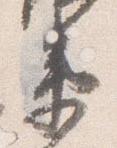
衛